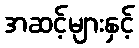
အဆင့်များနှင့်